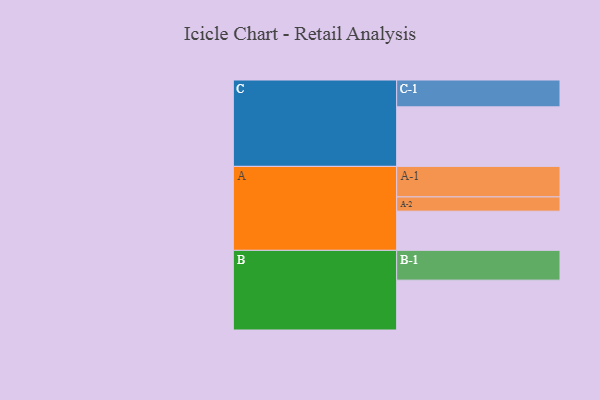
{"axis": {"x": "Segment", "y": "Value"}, "legend": ["", "A", "B", "C"], "data": [{"x": "A", "y": 308, "type": ""}, {"x": "B", "y": 392, "type": ""}, {"x": "C", "y": 468, "type": ""}, {"x": "A-1", "y": 240, "type": "A"}, {"x": "A-2", "y": 112, "type": "A"}, {"x": "B-1", "y": 234, "type": "B"}, {"x": "C-1", "y": 211, "type": "C"}]}